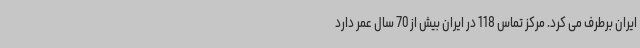
ایران برطرف می کرد. مرکز تماس 118 در ایران بیش از 70 سال عمر دارد